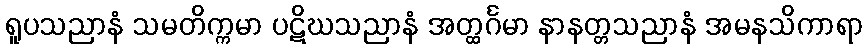
ရူပသညာနံ သမတိက္ကမာ ပဋိဃသညာနံ အတ္ထင်္ဂမာ နာနတ္တသညာနံ အမနသိကာရာ